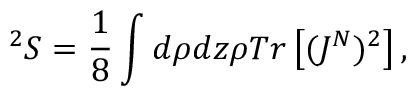
^ 2 S = \frac { 1 } { 8 } \int d \rho d z \rho T r \left[ ( J ^ { N } ) ^ { 2 } \right] ,